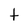
Character: t